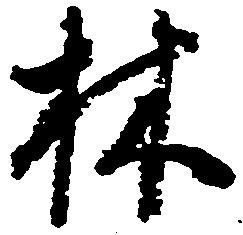
林